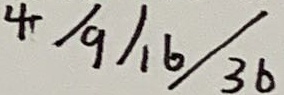
4 / 9 / 1 6 / 3 6